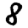
Digit: 8